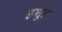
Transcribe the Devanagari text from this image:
इशुड